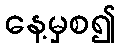
နေ့မှစ၍